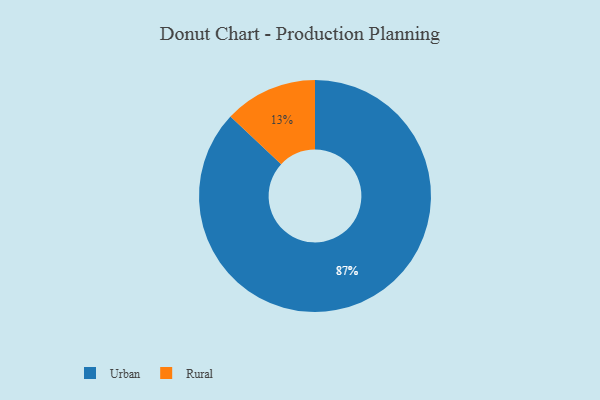
{"axis": {"x": "Category", "y": "Percentage"}, "legend": ["Rural", "Urban"], "data": [{"x": "Urban", "y": 87, "type": "Urban"}, {"x": "Rural", "y": 13, "type": "Rural"}]}